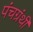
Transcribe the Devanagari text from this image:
पंचग्रंथी